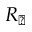
R _ { \sun }